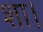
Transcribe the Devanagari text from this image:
शा।